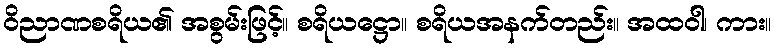
ဝိညာဏစရိယ၏ အစွမ်းဖြင့်။ စရိယဋ္ဌော။ စရိယအနက်တည်း။ အထဝါ၊ ကား။